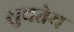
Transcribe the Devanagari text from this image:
सुचतेय